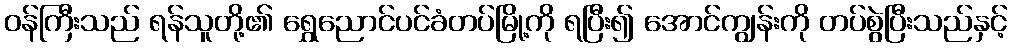
ဝန်ကြီးသည် ရန်သူတို့၏ ရွှေညောင်ပင်ခံတပ်မြို့ကို ရပြီး၍ အောင်ကျွန်းကို တပ်စွဲပြီးသည်နှင့်